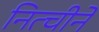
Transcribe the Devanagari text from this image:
नित्चीने